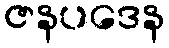
ဇနပဒေန